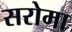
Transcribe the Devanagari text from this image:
सरोमा